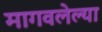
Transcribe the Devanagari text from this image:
मागवलेल्या